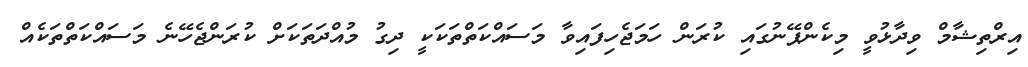
އިރްތިޝާމް ވިދާޅުވީ މިކެންޕޭނުގައި ކުރަން ހަމަޖެހިފައިވާ މަސައްކަތްތަކަކީ ދިގު މުއްދަތަކަށް ކުރަންޖެހޭނެ މަސައްކަތްތަކެއް